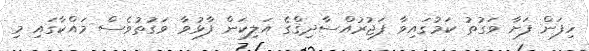
ހިފަން ފަށާ ވަގުތު ކަމުގައިވާ ފަޖުރުއްސާދިޤްގެ އަލިކަން ފާޅުވާ ވަގުތުވެސް މައްކާގައި މި